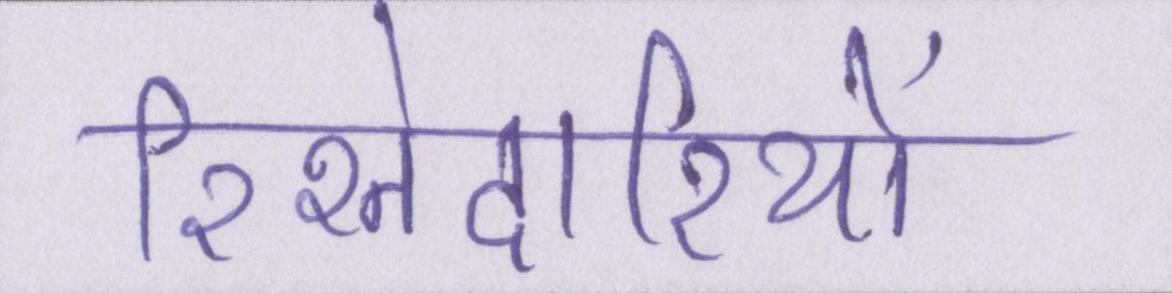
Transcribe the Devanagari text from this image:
रिश्तेदारियों